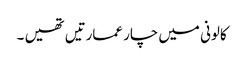
کالونی میں چار عمارتیں تھیں ۔